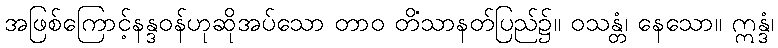
အဖြစ်ကြောင့်နန္ဒဝန်ဟုဆိုအပ်သော တာဝ တိံသာနတ်ပြည်၌။ ဝသန္တံ၊ နေသော။ ဣန္ဒံ၊